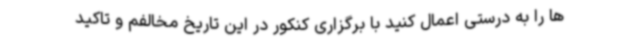
ها را به درستی اعمال کنید با برگزاری کنکور در این تاریخ مخالفم و تاکید